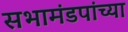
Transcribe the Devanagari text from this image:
सभामंडपांच्या